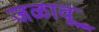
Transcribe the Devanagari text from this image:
जळावू